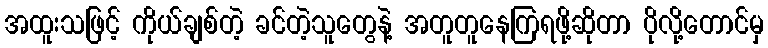
အထူးသဖြင့် ကိုယ်ချစ်တဲ့ ခင်တဲ့သူတွေနဲ့ အတူတူနေကြရဖို့ဆိုတာ ပိုလို့တောင်မှ